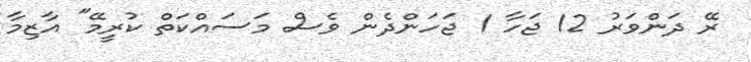
ރޭ ދަންވަރު 12 ޖަހާ 1 ޖަހަންދެން ވެސް މަސައްކަތް ކުރީމޭ" އާޒިމާ